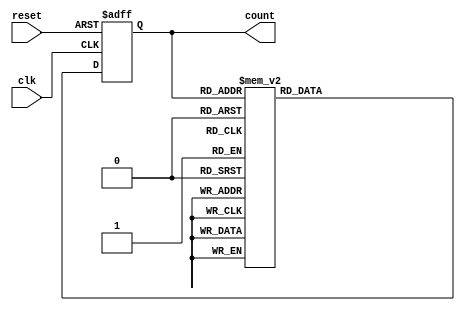
module decade_ring_counter (
    input wire clk,       // Clock signal
    input wire reset,     // Asynchronous reset signal
    output reg [3:0] count // 4-bit output representing the current count
);

// State definition
localparam [3:0] STATE_0 = 4'b0000;
localparam [3:0] STATE_1 = 4'b0001;
localparam [3:0] STATE_2 = 4'b0010;
localparam [3:0] STATE_3 = 4'b0011;
localparam [3:0] STATE_4 = 4'b0100;
localparam [3:0] STATE_5 = 4'b0101;
localparam [3:0] STATE_6 = 4'b0110;
localparam [3:0] STATE_7 = 4'b0111;
localparam [3:0] STATE_8 = 4'b1000;
localparam [3:0] STATE_9 = 4'b1001;

always @(posedge clk or posedge reset) begin
    if (reset) begin
        count <= STATE_0; // Reset the counter to 0000
    end else begin
        case (count)
            STATE_0: count <= STATE_1;
            STATE_1: count <= STATE_2;
            STATE_2: count <= STATE_3;
            STATE_3: count <= STATE_4;
            STATE_4: count <= STATE_5;
            STATE_5: count <= STATE_6;
            STATE_6: count <= STATE_7;
            STATE_7: count <= STATE_8;
            STATE_8: count <= STATE_9;
            STATE_9: count <= STATE_0; // Wrap around to 0000
            default: count <= STATE_0; // Fallback to reset state
        endcase
    end
end

endmodule